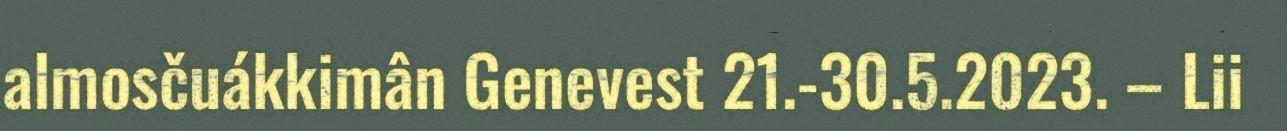
almosčuákkimân Genevest 21.-30.5.2023. – Lii